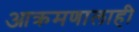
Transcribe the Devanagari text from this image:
आक्रमणालाही